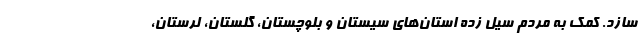
سازد. کمک به مردم سیل زده استان‌های سیستان و بلوچستان، گلستان، لرستان،